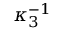
\kappa _ { 3 } ^ { - 1 }